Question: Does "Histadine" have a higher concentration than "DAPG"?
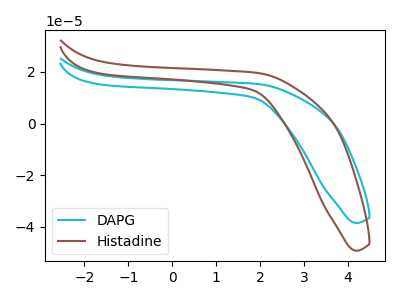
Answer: <think>The cyan curve "DAPG" has no peaks. The brown curve "Histadine" has no peaks.
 Neither "Histadine" or "DAPG" have any peaks.</think>
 <answer>I cant tell if "Histadine" or "DAPG" has higher concentration.</answer>
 <eval>mixed_concentration</eval>